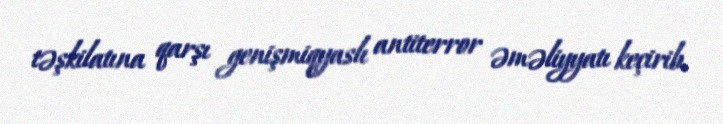
təşkilatına qarşı genişmiqyaslı antiterror əməliyyatı keçirib.